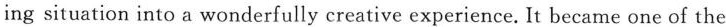
ing situation into a wonderfully creative experience. It became one of the